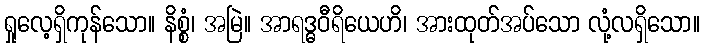
ရှုလေ့ရှိကုန်သော။ နိစ္စံ၊ အမြဲ။ အာရဒ္ဓဝီရိယေဟိ၊ အားထုတ်အပ်သော လုံ့လရှိသော။